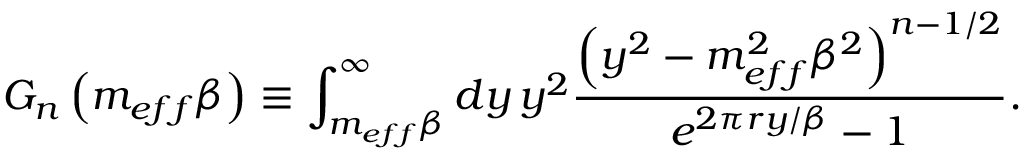
G _ { n } \left( m _ { e f f } \beta \right) \equiv \int _ { m _ { e f f } \beta } ^ { \infty } d y \, y ^ { 2 } \frac { \left( y ^ { 2 } - m _ { e f f } ^ { 2 } \beta ^ { 2 } \right) ^ { n - 1 / 2 } } { e ^ { 2 \pi r y / \beta } - 1 } .